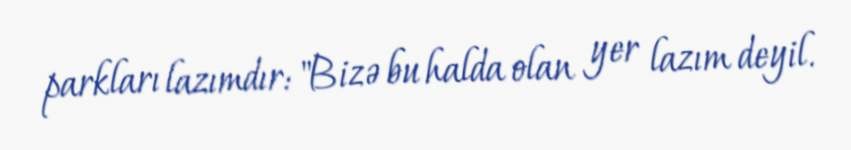
parkları lazımdır: "Bizə bu halda olan yer lazım deyil.